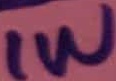
Text: 1W